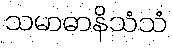
သမာဓာနိသံသံ